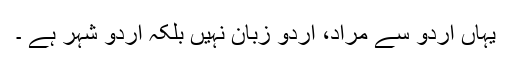
یہاں اردو سے مراد، اردو زبان نہیں بلکہ اردو شہر ہے ۔